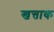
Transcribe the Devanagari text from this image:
खत्ताक